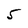
Character: 5